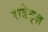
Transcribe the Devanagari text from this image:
राडेट्ज़